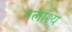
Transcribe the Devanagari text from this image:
मलाश्य